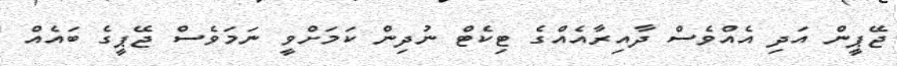
ޖޭޕީން އަދި އެއްވެސް ދާއިރާއެއްގެ ޓިކެޓް ނުދިން ކަމަށްވީ ނަމަވެސް ޖޭޕީގެ ބައެއް